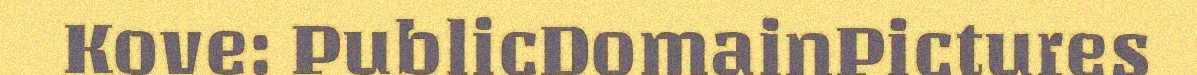
Kove: PublicDomainPictures